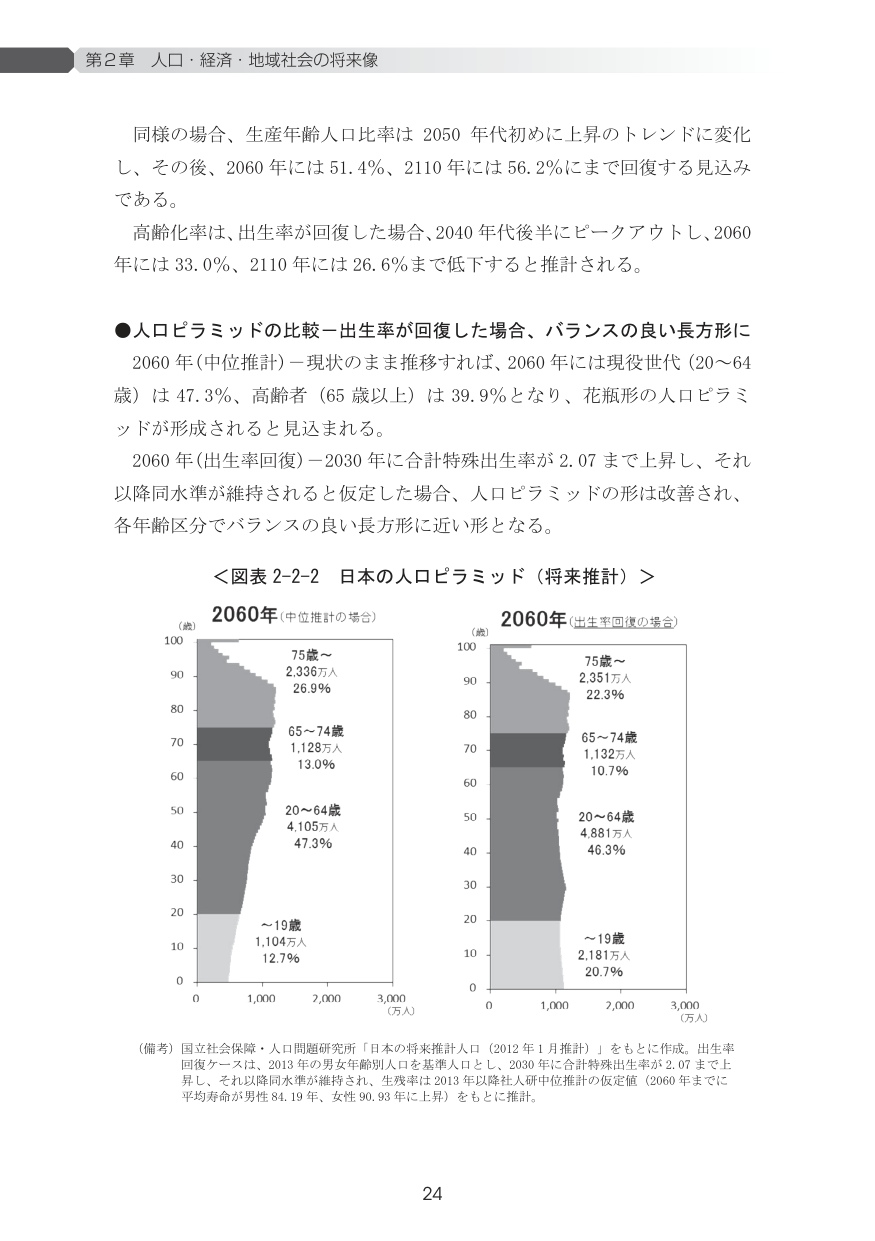
第2章 人口・経済・地域社会の将来像

同様の場合、生産年齢人口比率は 2050 年代初めに上昇のトレンドに変化し、その後、2060 年には 51.4%、2110 年には 56.2% にまで回復する見込みである。

高齢化率は、出生率が回復した場合、2040 年代後半にピークアウトし、2060 年には 33.0%、2110 年には 26.6% まで低下すると推計される。

●人口ピラミッドの比較－出生率が回復した場合、バランスの良い長方形に

2060 年（中位推計）－現状のまま推移すれば、2060 年には現役世代（20～64 歳）は 47.3%、高齢者（65 歳以上）は 39.9% となり、花瓶形の人口ピラミッドが形成されると見込まれる。

2060 年（出生率回復）－2030 年に合計特殊出生率が 2.07 まで上昇し、それ以降同水準が維持されると仮定した場合、人口ピラミッドの形は改善され、各年齢区分でバランスの良い長方形に近い形となる。

＜図表 2-2-2 日本の人口ピラミッド（将来推計）＞

（歳）
100
90
80
70
60
50
40
30
20
10
0

2060年（中位推計の場合）

75歳～
2,336万人
26.9%

65～74歳
1,128万人
13.0%

20～64歳
4,105万人
47.3%

～19歳
1,104万人
12.7%

（万人）
0     1,000    2,000    3,000

（歳）
100
90
80
70
60
50
40
30
20
10
0

2060年（出生率回復の場合）

75歳～
2,351万人
22.3%

65～74歳
1,132万人
10.7%

20～64歳
4,881万人
46.3%

～19歳
2,181万人
20.7%

（万人）
0     1,000    2,000    3,000

（備考）国立社会保障・人口問題研究所「日本の将来推計人口（2012年1月推計）」をもとに作成。出生率回復ケースは、2013年の男女年齢別人口を基準人口とし、2030年に合計特殊出生率が2.07まで上昇し、それ以降同水準が維持され、生残率は2013年以降社人研中位推計の仮定値（2060年までに平均寿命が男性84.19年、女性90.93年に上昇）をもとに推計。

24